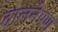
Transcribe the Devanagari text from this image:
दालनेपण